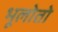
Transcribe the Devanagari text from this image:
भूलोतो